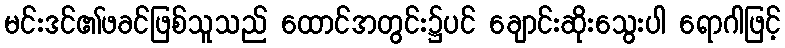
မင်းဒင်၏ဖခင်ဖြစ်သူသည် ထောင်အတွင်း၌ပင် ချောင်းဆိုးသွေးပါ ရောဂါဖြင့်